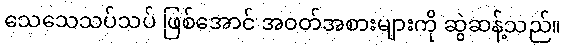
သေသေသပ်သပ် ဖြစ်အောင် အဝတ်အစားများကို ဆွဲဆန့်သည်။